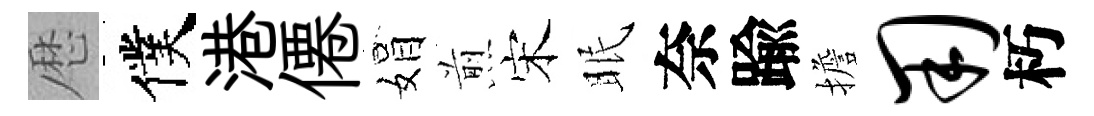
厯僕港僊娟煎宋眠奈踰擔用朽